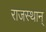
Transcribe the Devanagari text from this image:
राजस्थान्